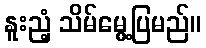
နူးညံ့ သိမ်မွေ့ပြမည်။